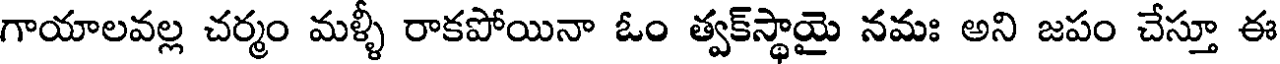
గాయాలవల్ల చర్మం మళ్ళీ రాకపోయినా ఓం త్వక్స్థాయై నమః అని జపం చేస్తూ ఈ